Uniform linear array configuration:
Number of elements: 64
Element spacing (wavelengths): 0.5
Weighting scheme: blackman
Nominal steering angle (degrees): -45
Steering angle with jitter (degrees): -44.432
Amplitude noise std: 0.05
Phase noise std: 0.05

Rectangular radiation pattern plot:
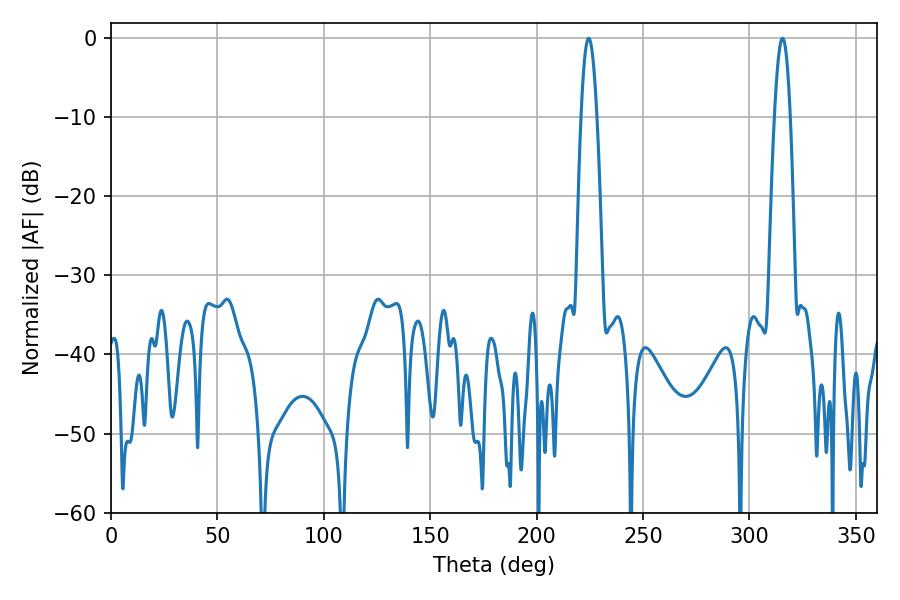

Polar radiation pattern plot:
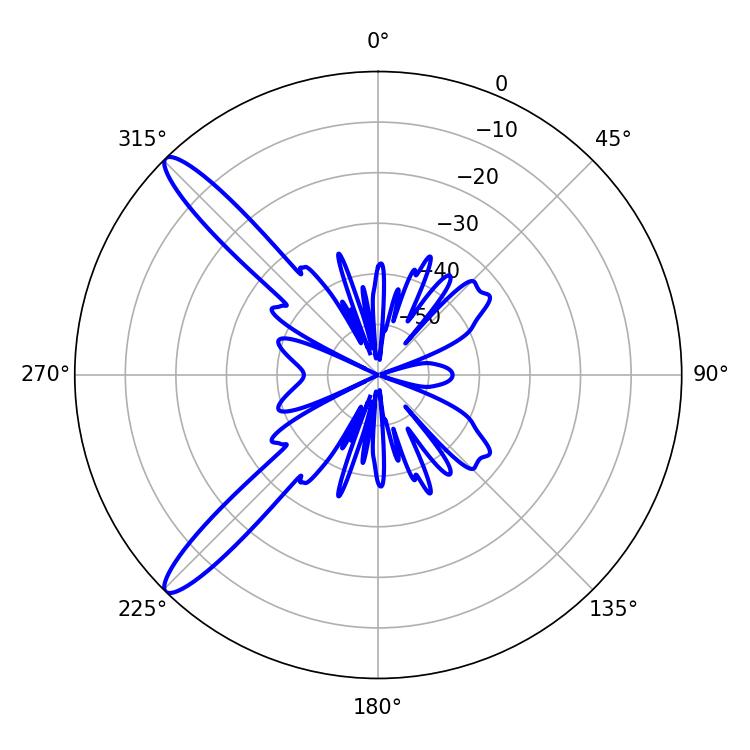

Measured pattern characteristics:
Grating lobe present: FALSE
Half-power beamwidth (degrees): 3.96
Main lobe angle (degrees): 224.46